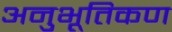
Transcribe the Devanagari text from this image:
अनुभूतिकण